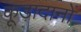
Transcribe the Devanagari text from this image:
कूड़ादानों